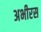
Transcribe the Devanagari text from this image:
अभीरस